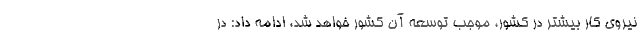
نیروی کار بیشتر در کشور، موجب توسعه آن کشور خواهد شد، ادامه داد: در